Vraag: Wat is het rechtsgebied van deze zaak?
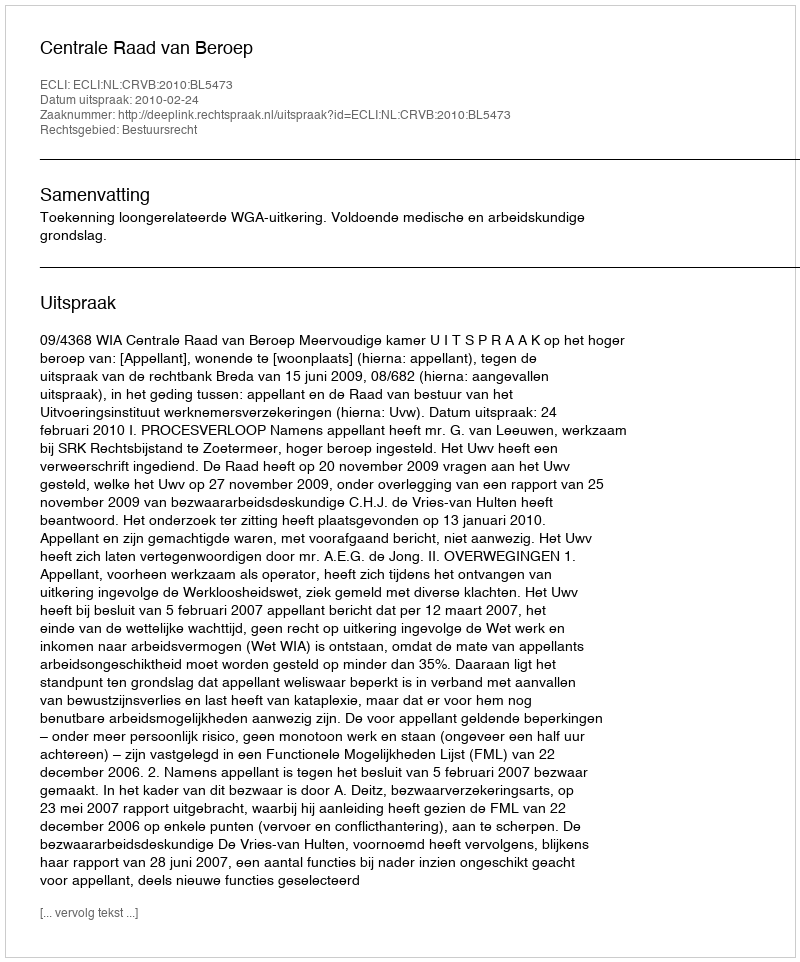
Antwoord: Bestuursrecht